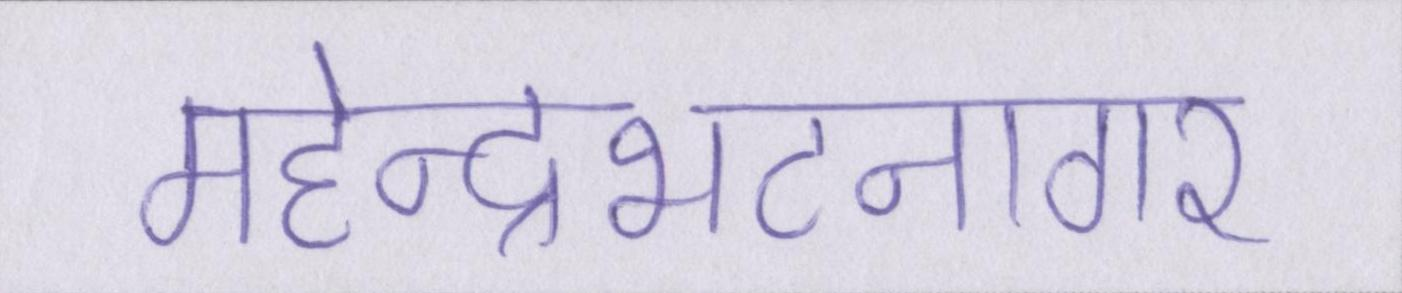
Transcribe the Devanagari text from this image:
महेन्द्रभटनागर